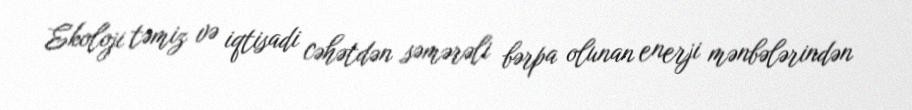
Ekoloji təmiz və iqtisadi cəhətdən səmərəli bərpa olunan enerji mənbələrindən